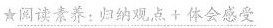
★阅读素养：归纳观点+体会感受